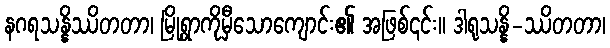
နဂရသန္နိဿိတတာ၊ မြို့ရွာကိုမှီသောကျောင်း၏ အဖြစ်၎င်း။ ဒါရုသန္နိ-ဿိတတာ၊